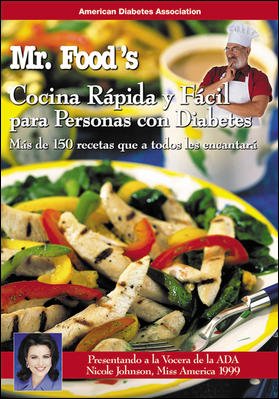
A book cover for Mr. Food's Comida Rapida y Facil Para Personas con Diabetes; American Diabetes Association; Health, Fitness & Dieting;